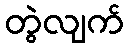
တွဲလျက်